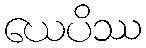
ယေပိဿ